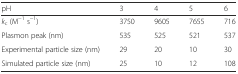
<table><thead><tr><td><b>pH</b></td><td><b>3</b></td><td><b>4</b></td><td><b>5</b></td><td><b>6</b></td></tr></thead><tbody><tr><td><i>k</i><sub>c</sub> (M<sup>−1</sup> s<sup>−1</sup>)</td><td>3750</td><td>9605</td><td>7655</td><td>716</td></tr><tr><td>Plasmon peak (nm)</td><td>535</td><td>525</td><td>521</td><td>537</td></tr><tr><td>Experimental particle size (nm)</td><td>29</td><td>20</td><td>10</td><td>30</td></tr><tr><td>Simulated particle size (nm)</td><td>25</td><td>10</td><td>12</td><td>108</td></tr></tbody></table>